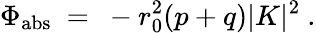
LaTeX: \Phi_{\mathrm{abs}}~=~-r_{0}^{2}(p+q)|K|^{2}~.